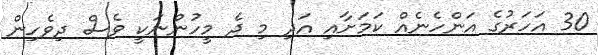
30 އަހަރުގެ އަންހެނެއް ކަމަށާއި އަދި މި ދެ މީހުންނަކީ ވެސް ދިވެހިން